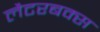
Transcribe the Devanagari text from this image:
लैटरबक्स